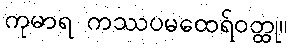
ကုမာရ ကဿပမထေရ်ဝတ္ထု။